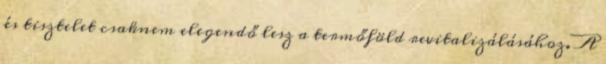
és tisztelet csaknem elegendő lesz a termőföld revitalizálásához. A